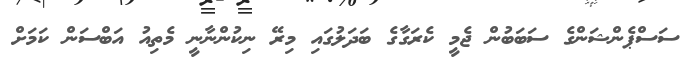
ސަސްޕެންޝަންގެ ސަބަބުން ޖެމީ ކެރަގާގެ ބަދަލުގައި މިރޭ ނިކުންނާނީ މެތިއު އަބްސަން ކަމަށް